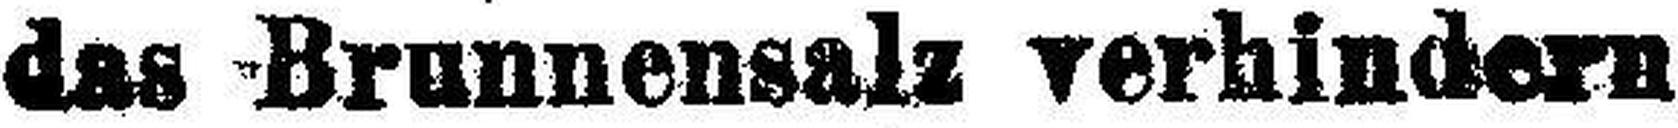
das Brunnensalz verhindern